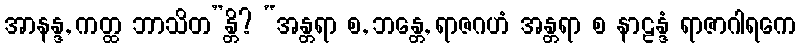
အာနန္ဒ, ကတ္ထ ဘာသိတ”န္တိ? “အန္တရာ စ, ဘန္တေ, ရာဇဂဟံ အန္တရာ စ နာဠန္ဒံ ရာဇာဂါရကေ